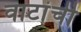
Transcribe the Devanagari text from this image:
वाटांची